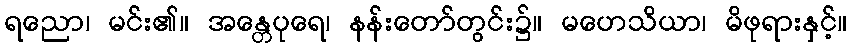
ရညော၊ မင်း၏။ အန္တေပုရေ၊ နန်းတော်တွင်း၌။ မဟေသိယာ၊ မိဖုရားနှင့်။